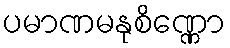
ပမာဏမနုစိဏ္ဏော